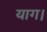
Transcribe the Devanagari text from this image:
याग।